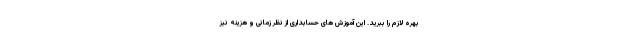
بهره لازم را ببرید. این آموزش های حسابداری از نظر زمانی و هزینه نیز